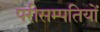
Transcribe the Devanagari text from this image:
परीसम्पतियों